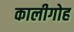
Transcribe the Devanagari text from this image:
कालीगोह